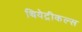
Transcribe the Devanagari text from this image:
थियेट्रीकल्स